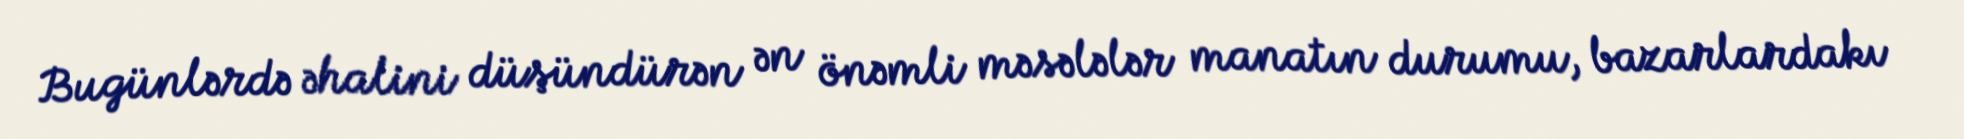
Bugünlərdə əhalini düşündürən ən önəmli məsələlər manatın durumu, bazarlardakı